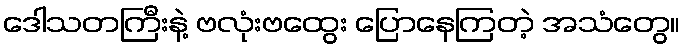
ဒေါသတကြီးနဲ့ ဗလုံးဗထွေး ပြောနေကြတဲ့ အသံတွေ။